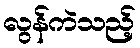
လွန်ကဲသည့်